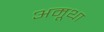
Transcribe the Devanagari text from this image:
अमूथा